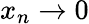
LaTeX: x_{n}\to 0